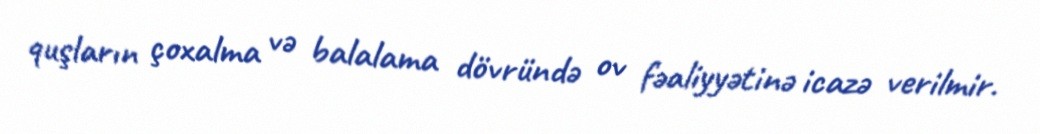
quşların çoxalma və balalama dövründə ov fəaliyyətinə icazə verilmir.